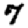
Digit: 7